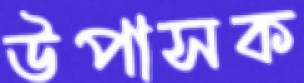
উপাসক